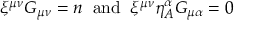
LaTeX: \xi ^ { \mu \nu } { \cal G } _ { \mu \nu } = n \; \; \mathrm { a n d } \; \; \xi ^ { \mu \nu } \eta _ { A } ^ { \alpha } { \cal G } _ { \mu \alpha } = 0